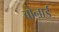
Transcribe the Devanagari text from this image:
बोनार्ड